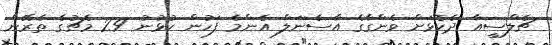
ޗެލްސީއާ ދެކޮޅަށް ވެންގާގެ އާސެނަލް އެންމެ ފަހުން ކުޅުނު 29 މެޗުގެ ތެރޭން